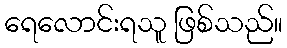
ရေလောင်းရသူ ဖြစ်သည်။